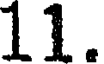
11.